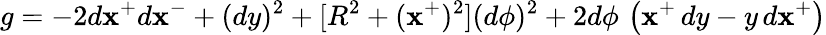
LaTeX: g=-2d\mathbf{x}^{+}d\mathbf{x}^{-}+(dy)^{2}+[R^{2}+(\mathbf{x}^{+})^{2}](d\phi)^{2}+2d\phi\, \left(\mathbf{x}^{+}\, dy-y\, d\mathbf{x}^{+}\right)